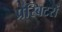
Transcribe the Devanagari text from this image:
प्रेस्बिटरों